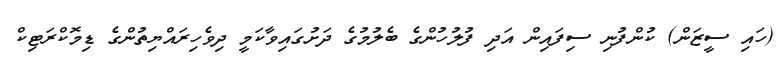
(ހައި ސީޒަން) ކުންފުނި ސިފައިން އަދި ފުލުހުންގެ ބެލުމުގެ ދަށުގައިވާކަމީ ދިވެހިރައްޔިތުންގެ ޑިމޮކްރަޓިކް